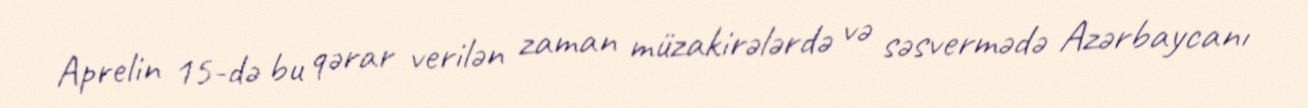
Aprelin 15-də bu qərar verilən zaman müzakirələrdə və səsvermədə Azərbaycanı